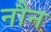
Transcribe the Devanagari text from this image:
नौन